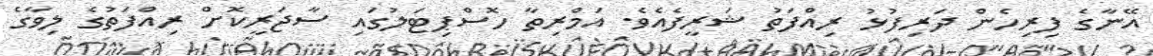
އޭނާގެ ފިރިހެން ދަރިފުޅު ރިއްފަތު ޝަރީފެއެވެ. އަމްރިތާ ހޮސްޕިޓަލުގައި ސާޖަރީކޮށް ރިއްފަތުގެ ލިވާގެ